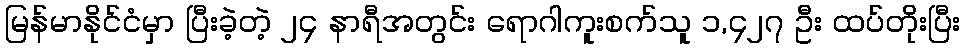
မြန်မာနိုင်ငံမှာ ပြီးခဲ့တဲ့ ၂၄ နာရီအတွင်း ရောဂါကူးစက်သူ ၁,၄၂၇ ဦး ထပ်တိုးပြီး